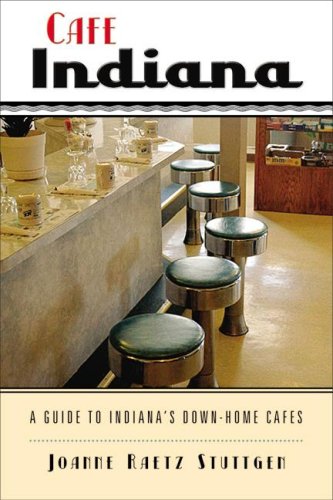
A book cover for Cafe Indiana: A Guide to IndianaEEs Down-Home Cafes; Joanne Raetz Stuttgen; Cookbooks, Food & Wine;